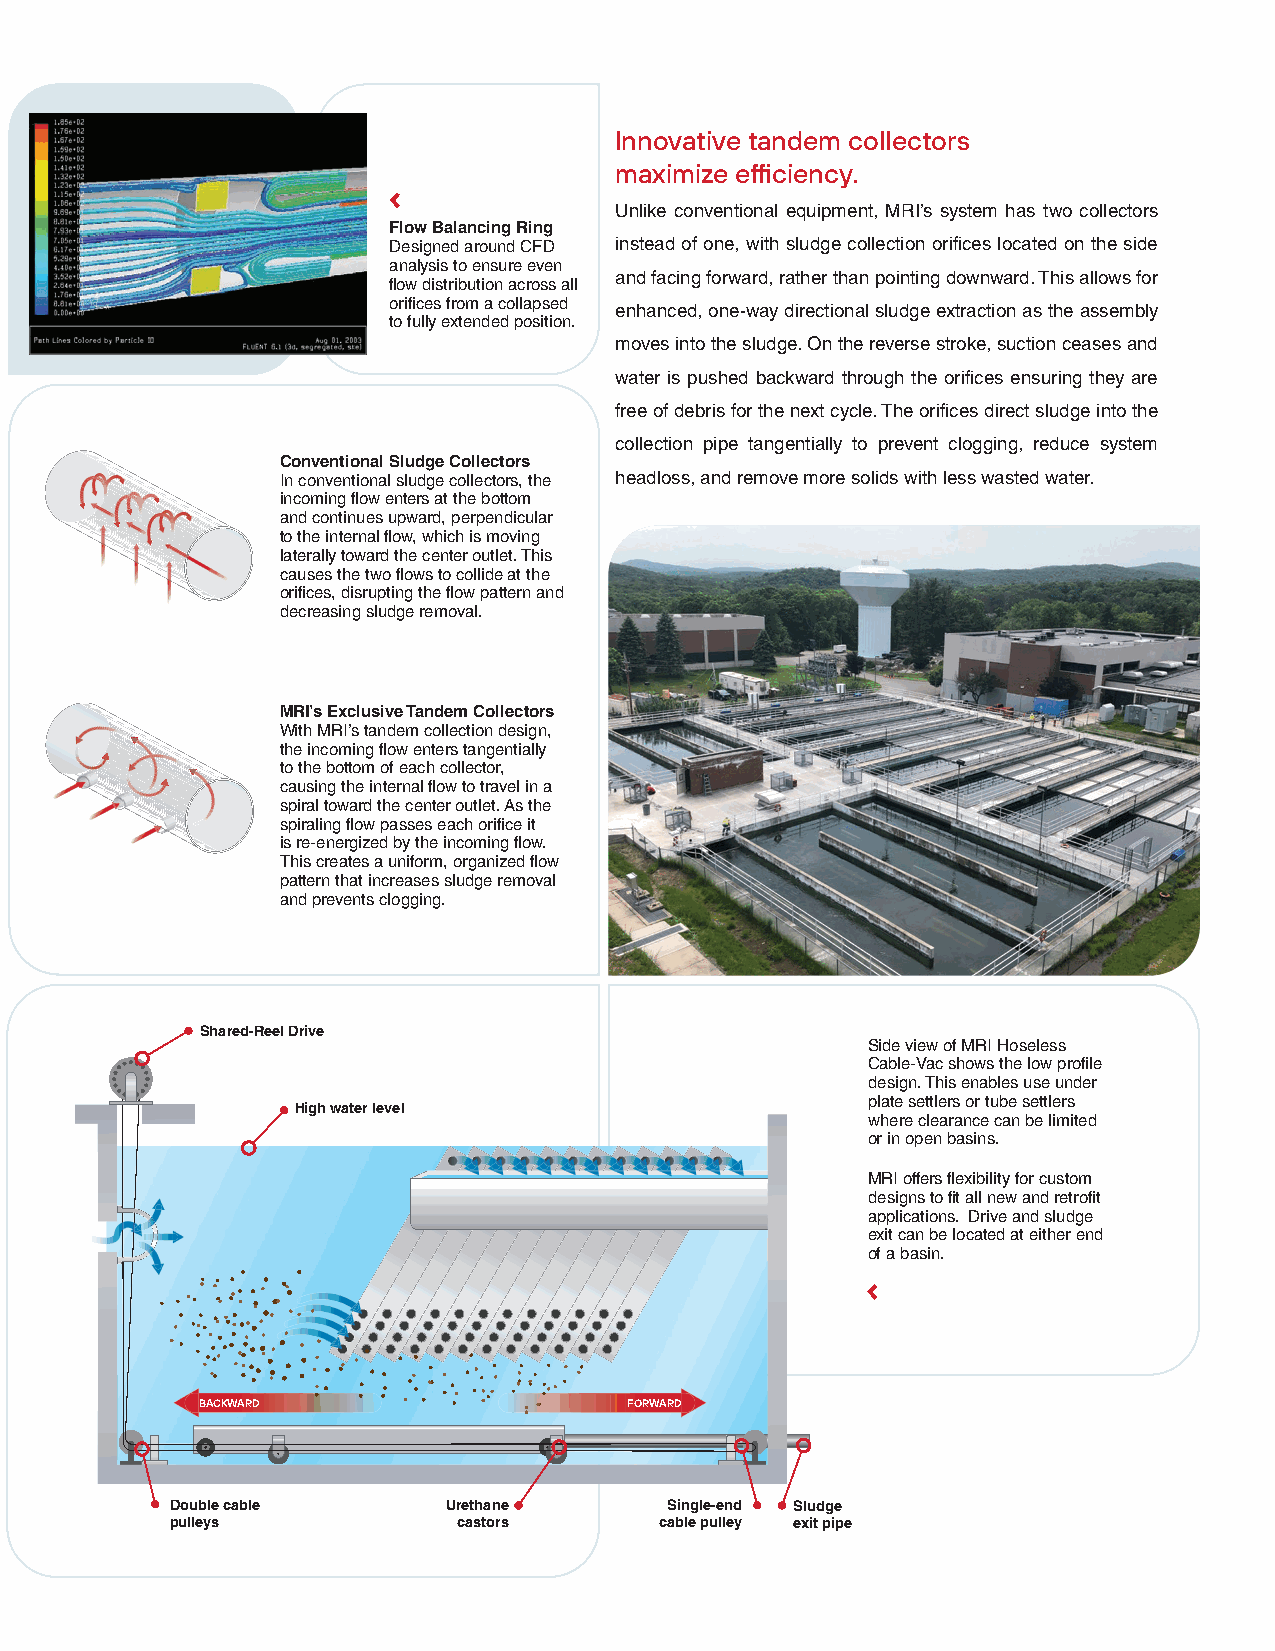
Innovative tandem collectors
 maximize efficiency.
 Unlike conventional equipment, MRI’s system has two collectors
 Flow Balancing Ring
 Designed around CFD instead of one, with sludge collection orifices located on the side
 analysis to ensure even
 and facing forward, rather than pointing downward. This allows for
 flow distribution across all
 orifices from a collapsed
 enhanced, one-way directional sludge extraction as the assembly
 to fully extended position.
 moves into the sludge. On the reverse stroke, suction ceases and
 water is pushed backward through the orifices ensuring they are
 free of debris for the next cycle. The orifices direct sludge into the
 collection pipe tangentially to prevent clogging, reduce system
 Conventional Sludge Collectors
 In conventional sludge collectors, the headloss, and remove more solids with less wasted water.
 incoming flow enters at the bottom
 and continues upward, perpendicular
 to the internal flow, which is moving
 laterally toward the center outlet. This
 causes the two flows to collide at the
 orifices, disrupting the flow pattern and
 decreasing sludge removal.
 MRI’s Exclusive Tandem Collectors
 With MRI’s tandem collection design,
 the incoming flow enters tangentially
 to the bottom of each collector,
 causing the internal flow to travel in a
 spiral toward the center outlet. As the
 spiraling flow passes each orifice it
 is re-energized by the incoming flow.
 This creates a uniform, organized flow
 pattern that increases sludge removal
 and prevents clogging.
 Shared-Reel Drive
 Side view of MRI Hoseless
 Cable-Vac shows the low profile
 design. This enables use under
 plate settlers or tube settlers
 High water level
 where clearance can be limited
 or in open basins.
 MRI offers flexibility for custom
 designs to fit all new and retrofit
 applications. Drive and sludge
 exit can be located at either end
 of a basin.
 BACKWARD                     FORWARD
 Double cable       Urethane      Single-end Sludge
 pulleys            castors       cable pulley exit pipe